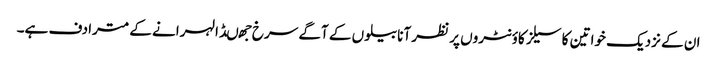
ان کے نزدیک خواتین کا سیلز کاؤنٹروں پر نظر آنا بیلوں کے آگے سرخ جھںڈا لہرانے کے مترادف ہے۔